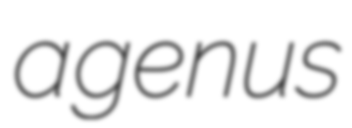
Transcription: a genus